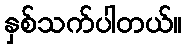
နှစ်သက်ပါတယ်။